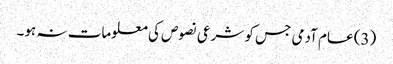
(3) عام آدمی جس کو شرعی نصوص کی معلومات نہ ہو۔